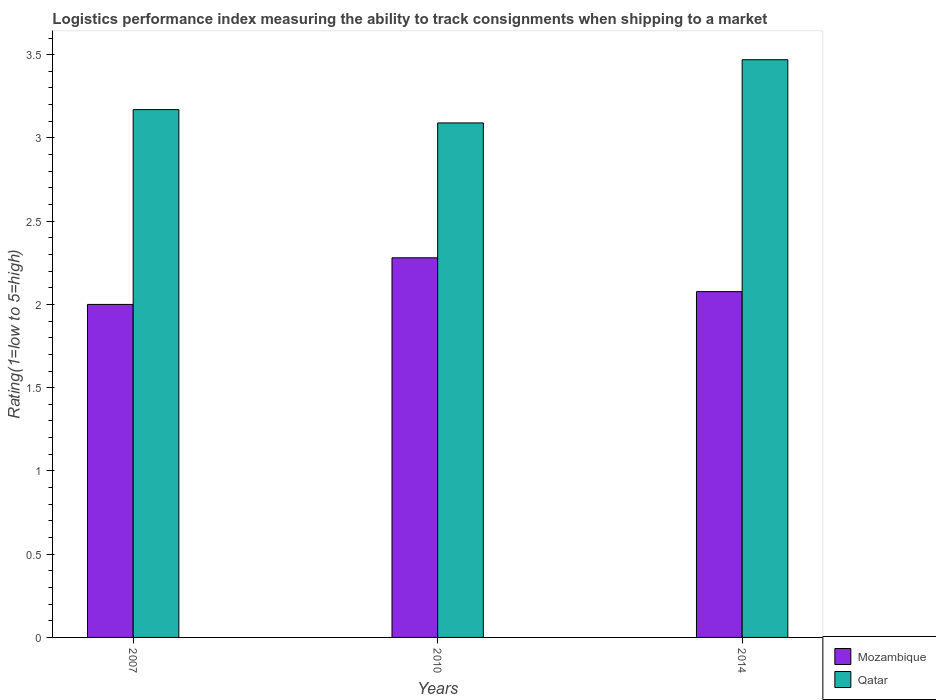
| Years | Mozambique | Qatar |
 | --- | --- | --- |
 | 2007 | 2 | 3.17 |
 | 2010 | 2.28 | 3.09 |
 | 2014 | 2.08 | 3.47 |